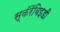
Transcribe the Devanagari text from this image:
स्कॅरॅबिइडी